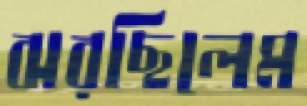
ঝরছিলেম